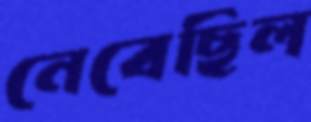
নেবেছিল